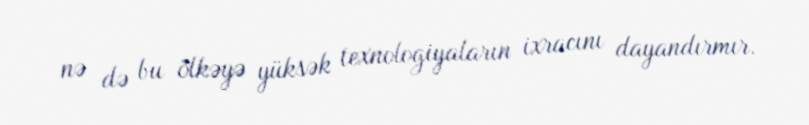
nə də bu ölkəyə yüksək texnologiyaların ixracını dayandırmır.